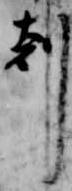
剋